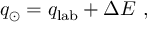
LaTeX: q _ { \odot } = q _ { \mathrm { l a b } } + \Delta E ~ ,